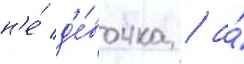
н'е́ д'е́вочка / а́